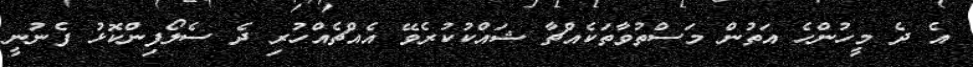
އެ ދެ މީހުންހެ އަތުން މަސްތުވާތަކެއްޗާ ޝައްކުކުރެވޭ އެއްޗެއްހުރި ދެ ސެލޯފިންކޮޅު ފެނުނީ